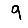
Digit: 9